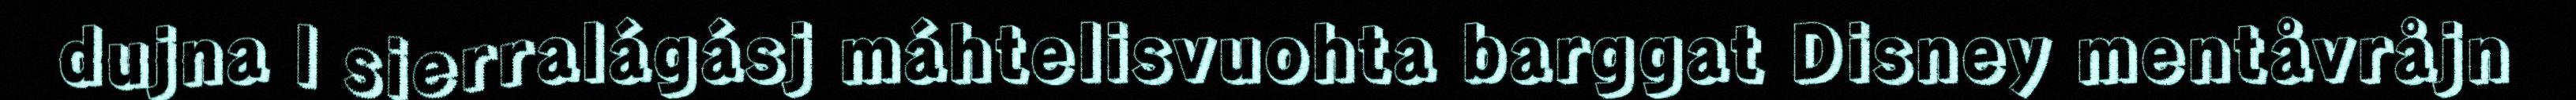
dujna l sierralágásj máhtelisvuohta barggat Disney mentåvråjn